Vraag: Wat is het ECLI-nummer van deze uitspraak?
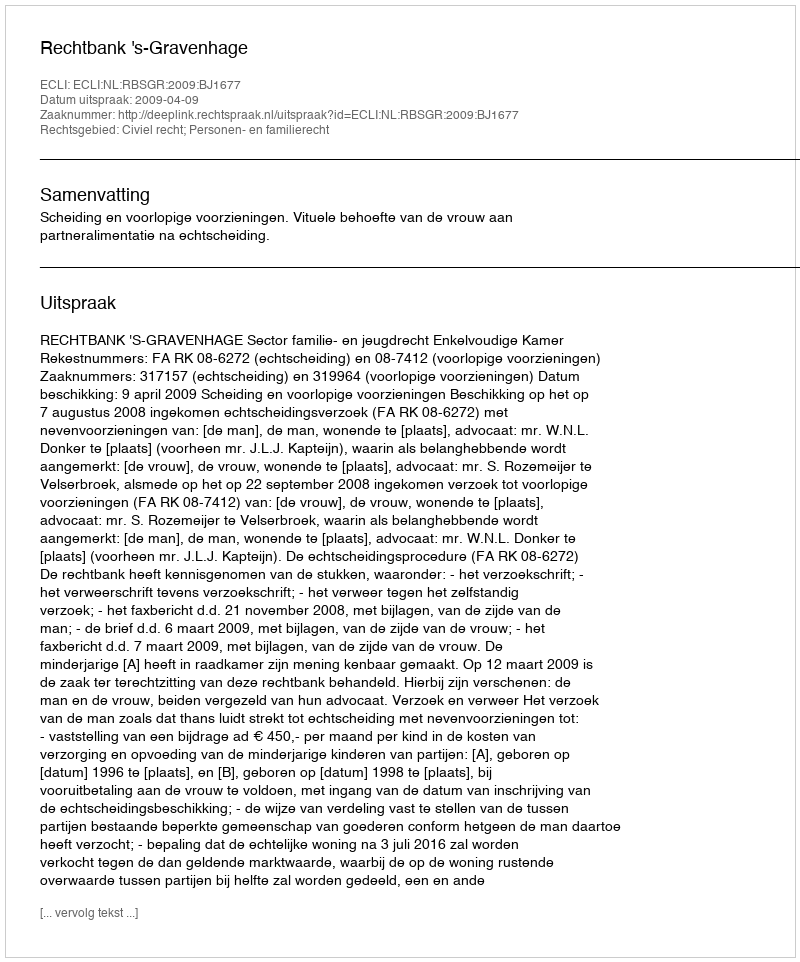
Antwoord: ECLI:NL:RBSGR:2009:BJ1677